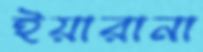
ইয়ারানা